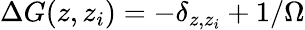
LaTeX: \Delta G(z,z_{i})=-\delta_{z,z_{i}}+1/\Omega